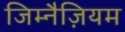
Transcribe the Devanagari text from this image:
जिम्नैज़ियम